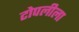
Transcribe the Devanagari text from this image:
टोपलीला